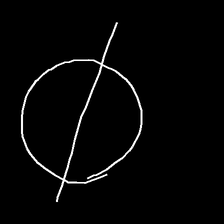
Glyph: orb